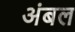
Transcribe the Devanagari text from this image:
अंबल